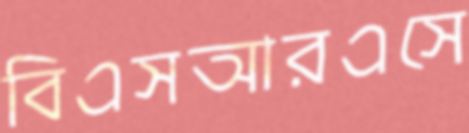
বিএসআরএসে